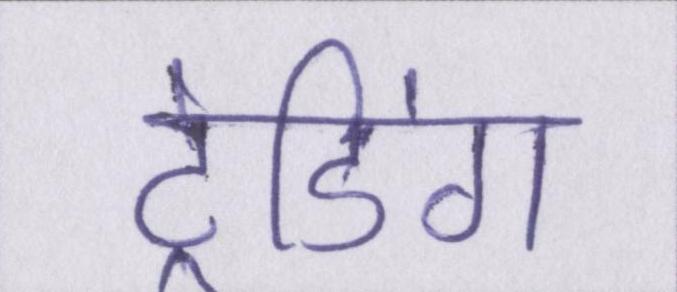
ट्रेडिंग